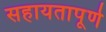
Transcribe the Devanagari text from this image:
सहायतापूर्ण